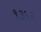
૧૩૧૨